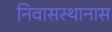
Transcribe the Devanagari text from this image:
निवासस्थानास